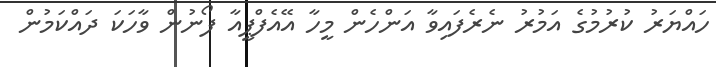
ހައްޔަރު ކުރުމުގެ އަމުރު ނެރެފައިވާ އަންހެން މީހާ އޭއެފްޕީއާ ފޯނުން ވާހަކަ ދައްކަމުން